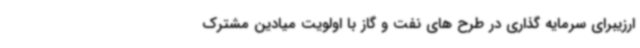
ارزیبرای سرمایه گذاری در طرح های نفت و گاز با اولویت میادین مشترک